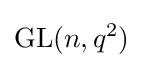
\mathrm {GL} (n,q^{2})